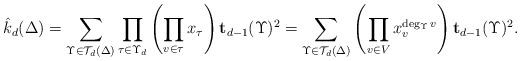
\begin{align*}\hat{k}_d(\Delta)=\sum_{\Upsilon\in\mathcal{T}_d(\Delta)}\prod_{\tau \in \Upsilon_d}\left(\prod_{v \in \tau} x_{\tau}\right){\mathbf{t}_{d-1}(\Upsilon)^2}=\sum_{\Upsilon\in\mathcal{T}_d(\Delta)}\left(\prod_{v \in V}x_{v}^{\deg_\Upsilon v}\right){\mathbf{t}_{d-1}(\Upsilon)^2}.\end{align*}